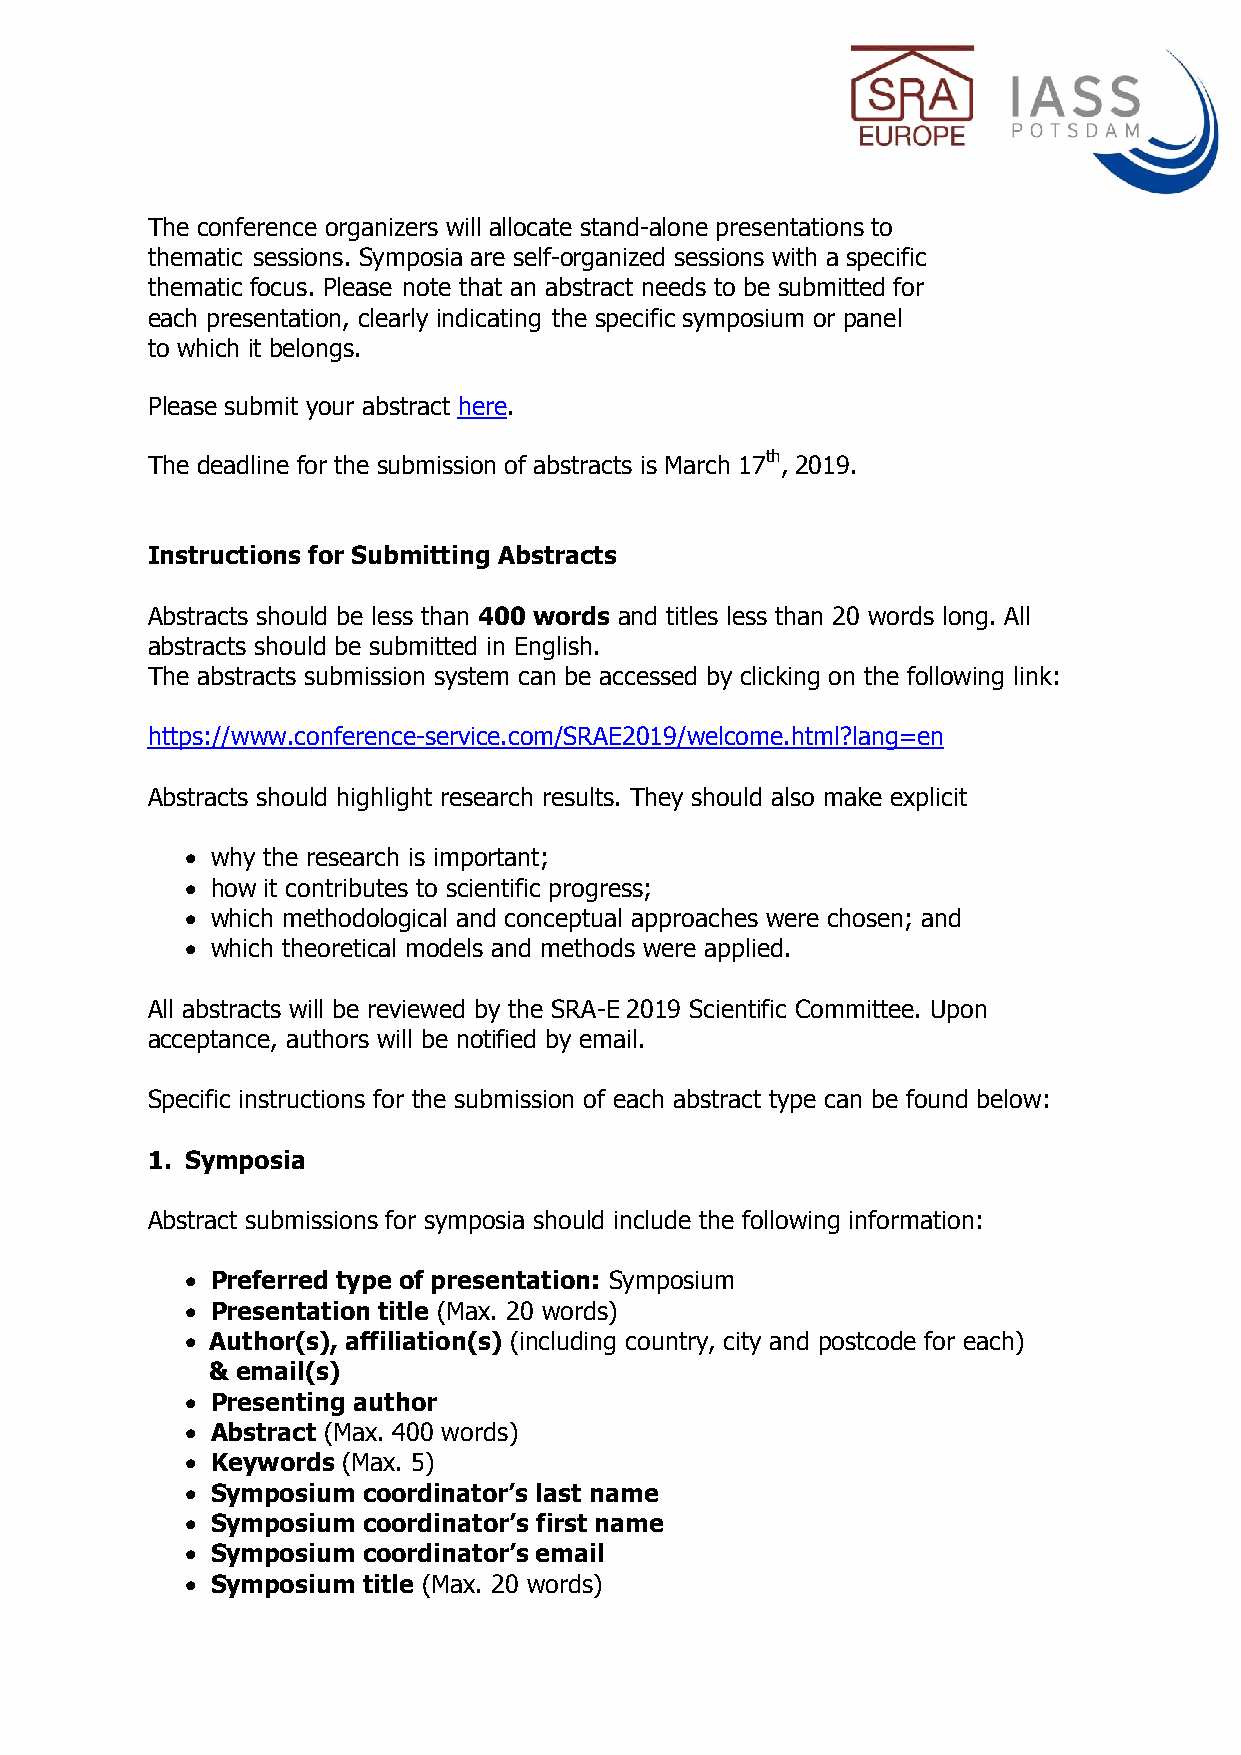
The conference organizers will allocate stand-alone presentations to
 thematic sessions. Symposia are self-organized sessions with a specific
 thematic focus. Please note that an abstract needs to be submitted for
 each presentation, clearly indicating the specific symposium or panel
 to which it belongs.
 Please submit your abstract here.
 The deadline for the submission of abstracts is March 17th, 2019.
 Instructions for Submitting Abstracts
 Abstracts should be less than 400 words and titles less than 20 words long. All
 abstracts should be submitted in English.
 The abstracts submission system can be accessed by clicking on the following link:
 https://www.conference-service.com/SRAE2019/welcome.html?lang=en
 Abstracts should highlight research results. They should also make explicit
  why the research is important;
  how it contributes to scientific progress;
  which methodological and conceptual approaches were chosen; and
  which theoretical models and methods were applied.
 All abstracts will be reviewed by the SRA-E 2019 Scientific Committee. Upon
 acceptance, authors will be notified by email.
 Specific instructions for the submission of each abstract type can be found below:
 1. Symposia
 Abstract submissions for symposia should include the following information:
  Preferred type of presentation: Symposium
  Presentation title (Max. 20 words)
  Author(s), affiliation(s) (including country, city and postcode for each)
 & email(s)
  Presenting author
  Abstract (Max. 400 words)
  Keywords (Max. 5)
  Symposium coordinator’s last name
  Symposium coordinator’s first name
  Symposium coordinator’s email
  Symposium title (Max. 20 words)